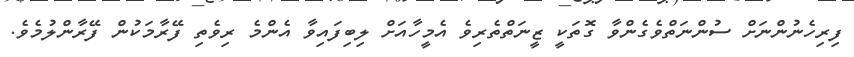
ފިރިހެނުންނަށް ސުންނަތްވެގެންވާ ގޮތަކީ ޒީނަތްތެރިވެ އެމީހާއަށް ލިބިފައިވާ އެންމެ ރިވެތި ފޭރާމަކުން ފޭރާންލުމެވެ.